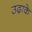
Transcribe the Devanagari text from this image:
उढ़ाके